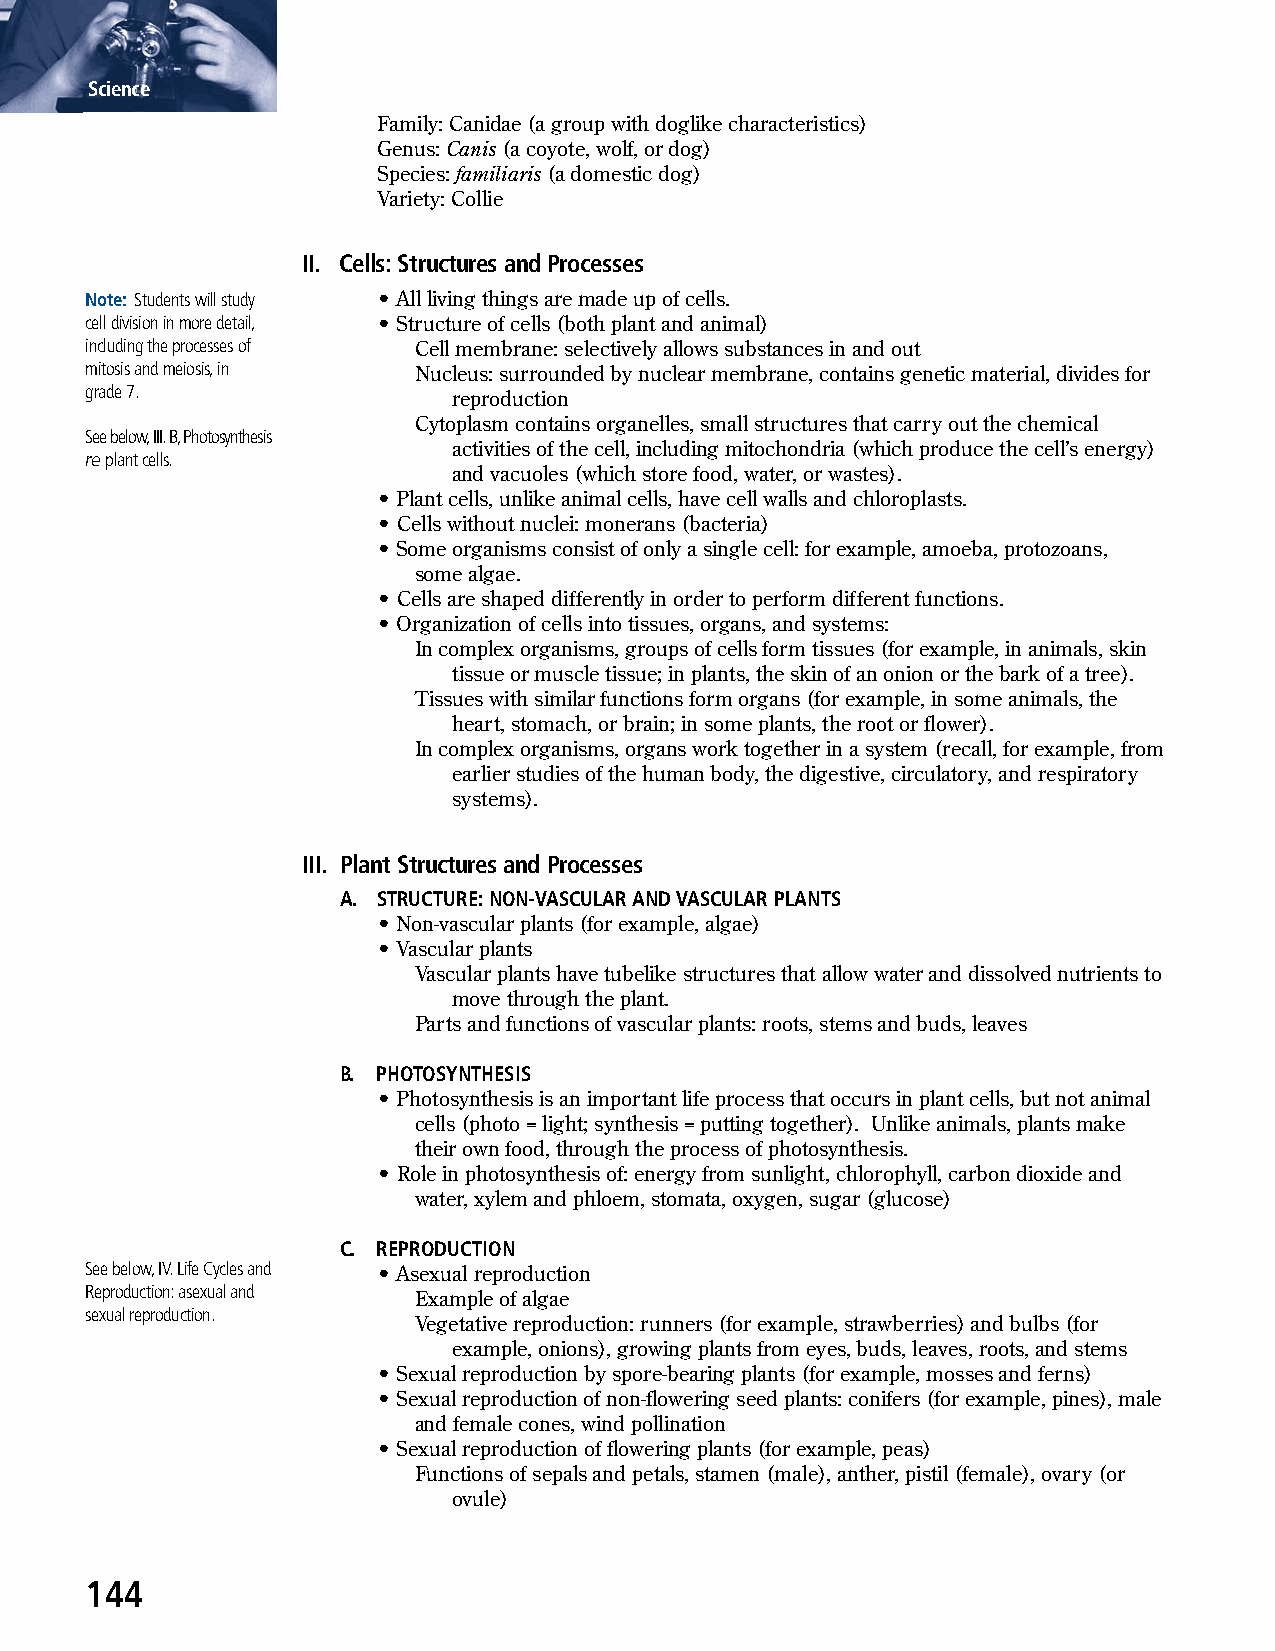
Science
 Family: Canidae (a group with doglike characteristics)
 Genus: Canis (a coyote, wolf, or dog)
 Species: familiaris (a domestic dog)
 Variety: Collie
 II. Cells: Structures and Processes
 Note: Students will study • All living things are made up of cells.
 cell division in more detail, • Structure of cells (both plant and animal)
 including the processes of Cell membrane: selectively allows substances in and out
 mitosis and meiosis, in Nucleus: surrounded by nuclear membrane, contains genetic material, divides for
 grade 7.
 reproduction
 Cytoplasm contains organelles, small structures that carry out the chemical
 See below, III. B, Photosynthesis
 activities of the cell, including mitochondria (which produce the cell’s energy)
 re plant cells.
 and vacuoles (which store food, water, or wastes).
 • Plant cells, unlike animal cells, have cell walls and chloroplasts.
 • Cells without nuclei: monerans (bacteria)
 • Some organisms consist of only a single cell: for example, amoeba, protozoans,
 some algae.
 • Cells are shaped differently in order to perform different functions.
 • Organization of cells into tissues, organs, and systems:
 In complex organisms, groups of cells form tissues (for example, in animals, skin
 tissue or muscle tissue; in plants, the skin of an onion or the bark of a tree).
 Tissues with similar functions form organs (for example, in some animals, the
 heart, stomach, or brain; in some plants, the root or flower).
 In complex organisms, organs work together in a system (recall, for example, from
 earlier studies of the human body, the digestive, circulatory, and respiratory
 systems).
 III. Plant Structures and Processes
 A. STRUCTURE: NON-VASCULAR AND VASCULAR PLANTS
 • Non-vascular plants (for example, algae)
 • Vascular plants
 Vascular plants have tubelike structures that allow water and dissolved nutrients to
 move through the plant.
 Parts and functions of vascular plants: roots, stems and buds, leaves
 B. PHOTOSYNTHESIS
 • Photosynthesis is an important life process that occurs in plant cells, but not animal
 cells (photo = light; synthesis = putting together). Unlike animals, plants make
 their own food, through the process of photosynthesis.
 • Role in photosynthesis of: energy from sunlight, chlorophyll, carbon dioxide and
 water, xylem and phloem, stomata, oxygen, sugar (glucose)
 C. REPRODUCTION
 See below, IV. Life Cycles and • Asexual reproduction
 Reproduction: asexual and
 Example of algae
 sexual reproduction.
 Vegetative reproduction: runners (for example, strawberries) and bulbs (for
 example, onions), growing plants from eyes, buds, leaves, roots, and stems
 • Sexual reproduction by spore-bearing plants (for example, mosses and ferns)
 • Sexual reproduction of non-flowering seed plants: conifers (for example, pines), male
 and female cones, wind pollination
 • Sexual reproduction of flowering plants (for example, peas)
 Functions of sepals and petals, stamen (male), anther, pistil (female), ovary (or
 ovule)
 144